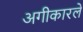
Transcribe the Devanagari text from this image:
अगीकारले